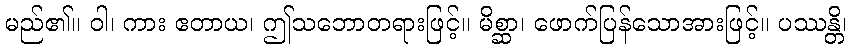
မည်၏။ ဝါ၊ ကား ဧတာယ၊ ဤသဘောတရားဖြင့်။ မိစ္ဆာ၊ ဖောက်ပြန်သောအားဖြင့်။ ပဿန္တိ၊